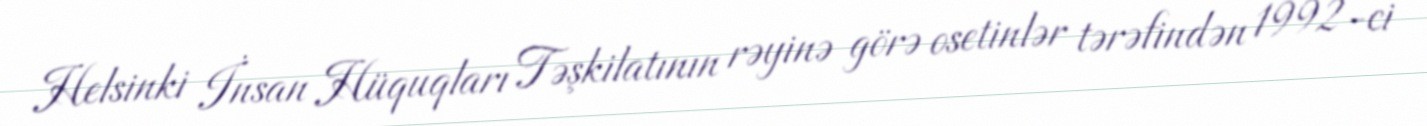
Helsinki İnsan Hüquqları Təşkilatının rəyinə görə osetinlər tərəfindən 1992-ci